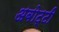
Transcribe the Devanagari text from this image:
अबोट्टी